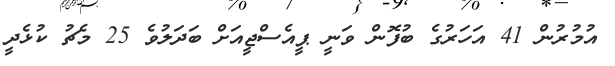
އުމުރުން 41 އަހަރުގެ ބުފޮން ވަނީ ޕީއެސްޖީއަށް ބަދަލުވެ 25 މެޗު ކުޅެދީ